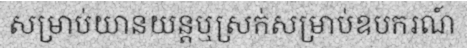
សម្រាប់យានយន្តឬស្រក់សម្រាប់ឧបករណ៍